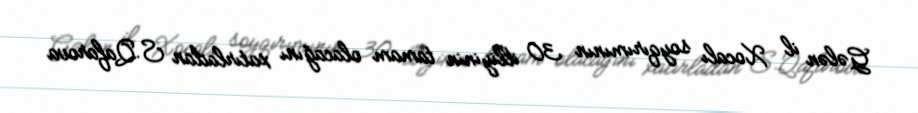
Gələn il Xocalı soyqırımının 30 illiyinin tamam olacağını xatırladan S.Qafarova